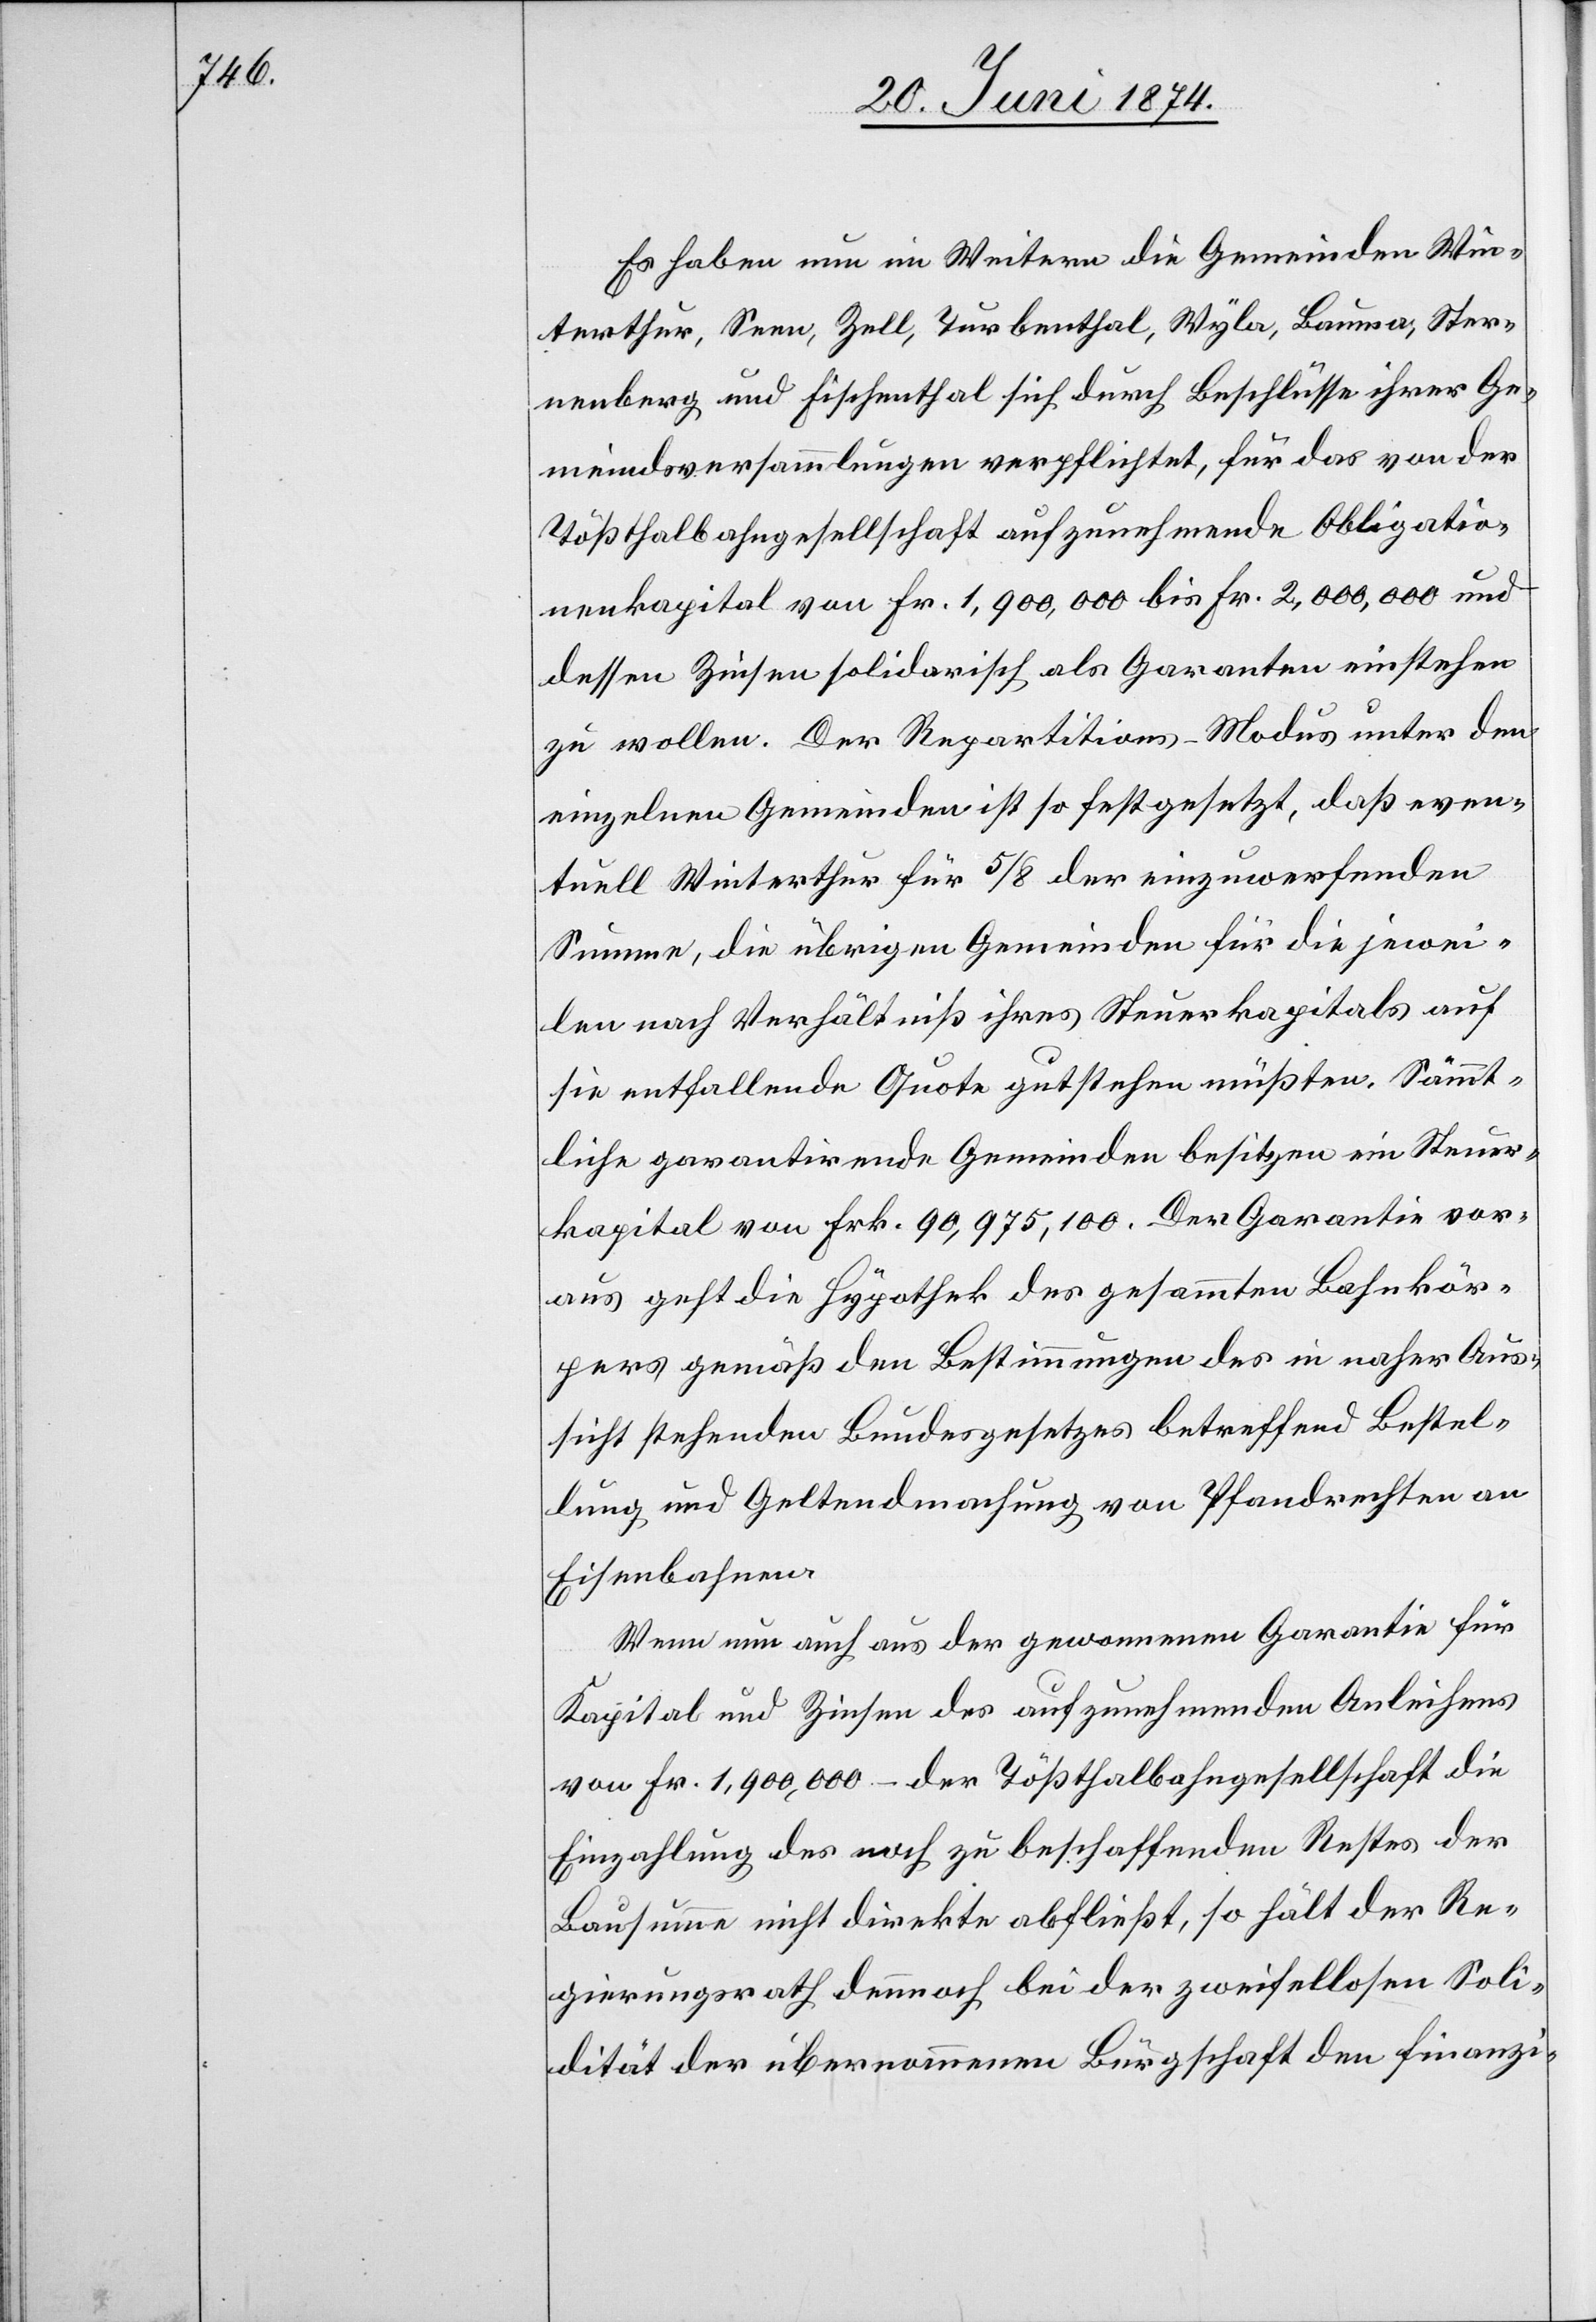
Es haben nun im Weitern die Gemeinden Win¬
terthur, Seen, Zell, Turbenthal, Wyla, Bauma, Ster¬
nenberg und Fischenthal sich durch Beschlüsse ihrer Ge¬
meindsversammlungen verpflichtet, für das von der
Tößthalbahngesellschaft aufzunehmende Obligatio¬
nenkapital von Fr. 1,900,000 bis Fr. 2,000,000 und
dessen Zinsen solidarisch als Garanten einstehen
zu wollen. Der Repartitions-Modus unter den
einzelnen Gemeinden ist so festgesetzt, daß even¬
tuell Winterthur für 5/8 der einzuwerfenden
Summe, die übrigen Gemeinden für die jewei¬
len nach Verhältniß ihres Steuerkapitals auf
sie entfallende Quote gutstehen müßten. Sämmt¬
liche garantirende Gemeinden besitzen ein Steuer¬
kapital von Frk. 90,975,100. Der Garantie vor¬
aus geht die Hypothek des gesammten Bahnkör¬
pers gemäß den Bestimmungen des in naher Aus¬
sicht stehenden Bundesgesetzes betreffend Bestel¬
lung und Geltendmachung von Pfandrechten an
Eisenbahnen.
Wenn nun auch aus der gewonnenen Garantie für
Kapital und Zinsen des aufzunehmenden Anleihens
von Fr. 1,900,000 – der Tößthalbahngesellschaft die
Einzahlung des noch zu beschaffenden Rechtes der
Bausumme nicht direkte abfließt, so hält der Re¬
gierungsrath dennoch bei der zweifellosen Soli¬
dität der übernommenen Bürgschaft den finanzi-